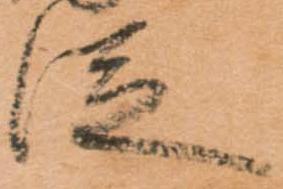
従